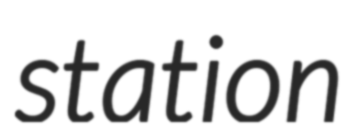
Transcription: station